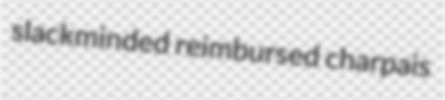
slackminded reimbursed charpais